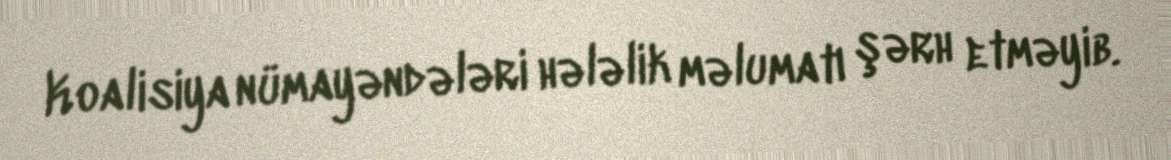
Koalisiya nümayəndələri hələlik məlumatı şərh etməyib.